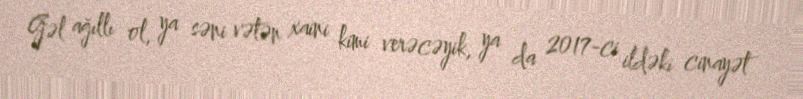
Gəl ağıllı ol, ya səni vətən xaini kimi verəcəyik, ya da 2017-ci ildəki cinayət